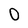
Character: O